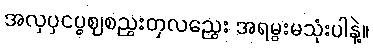
အလှပှငပွဈစညွးတှလညွေး အရမွးမသုံးပါနဲ့။